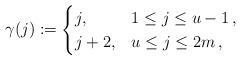
LaTeX: \begin{align*}\gamma(j):=\begin{cases}j,&1\le j\le u-1\,,\\j+2,&u\le j\le2m\,,\end{cases}\end{align*}